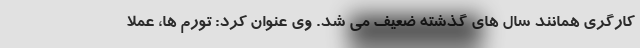
کارگری همانند سال های گذشته ضعیف می شد. وی عنوان کرد: تورم ها، عملا